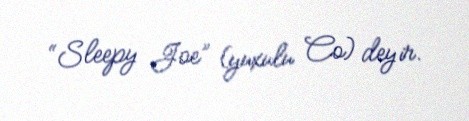
“Sleepy Joe” (yuxulu Co) deyir.